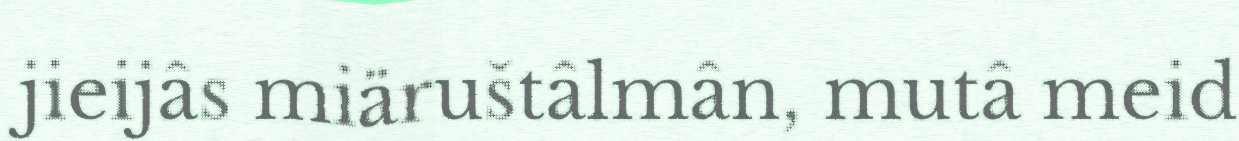
jieijâs miäruštâlmân, mutâ meid